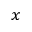
_ x